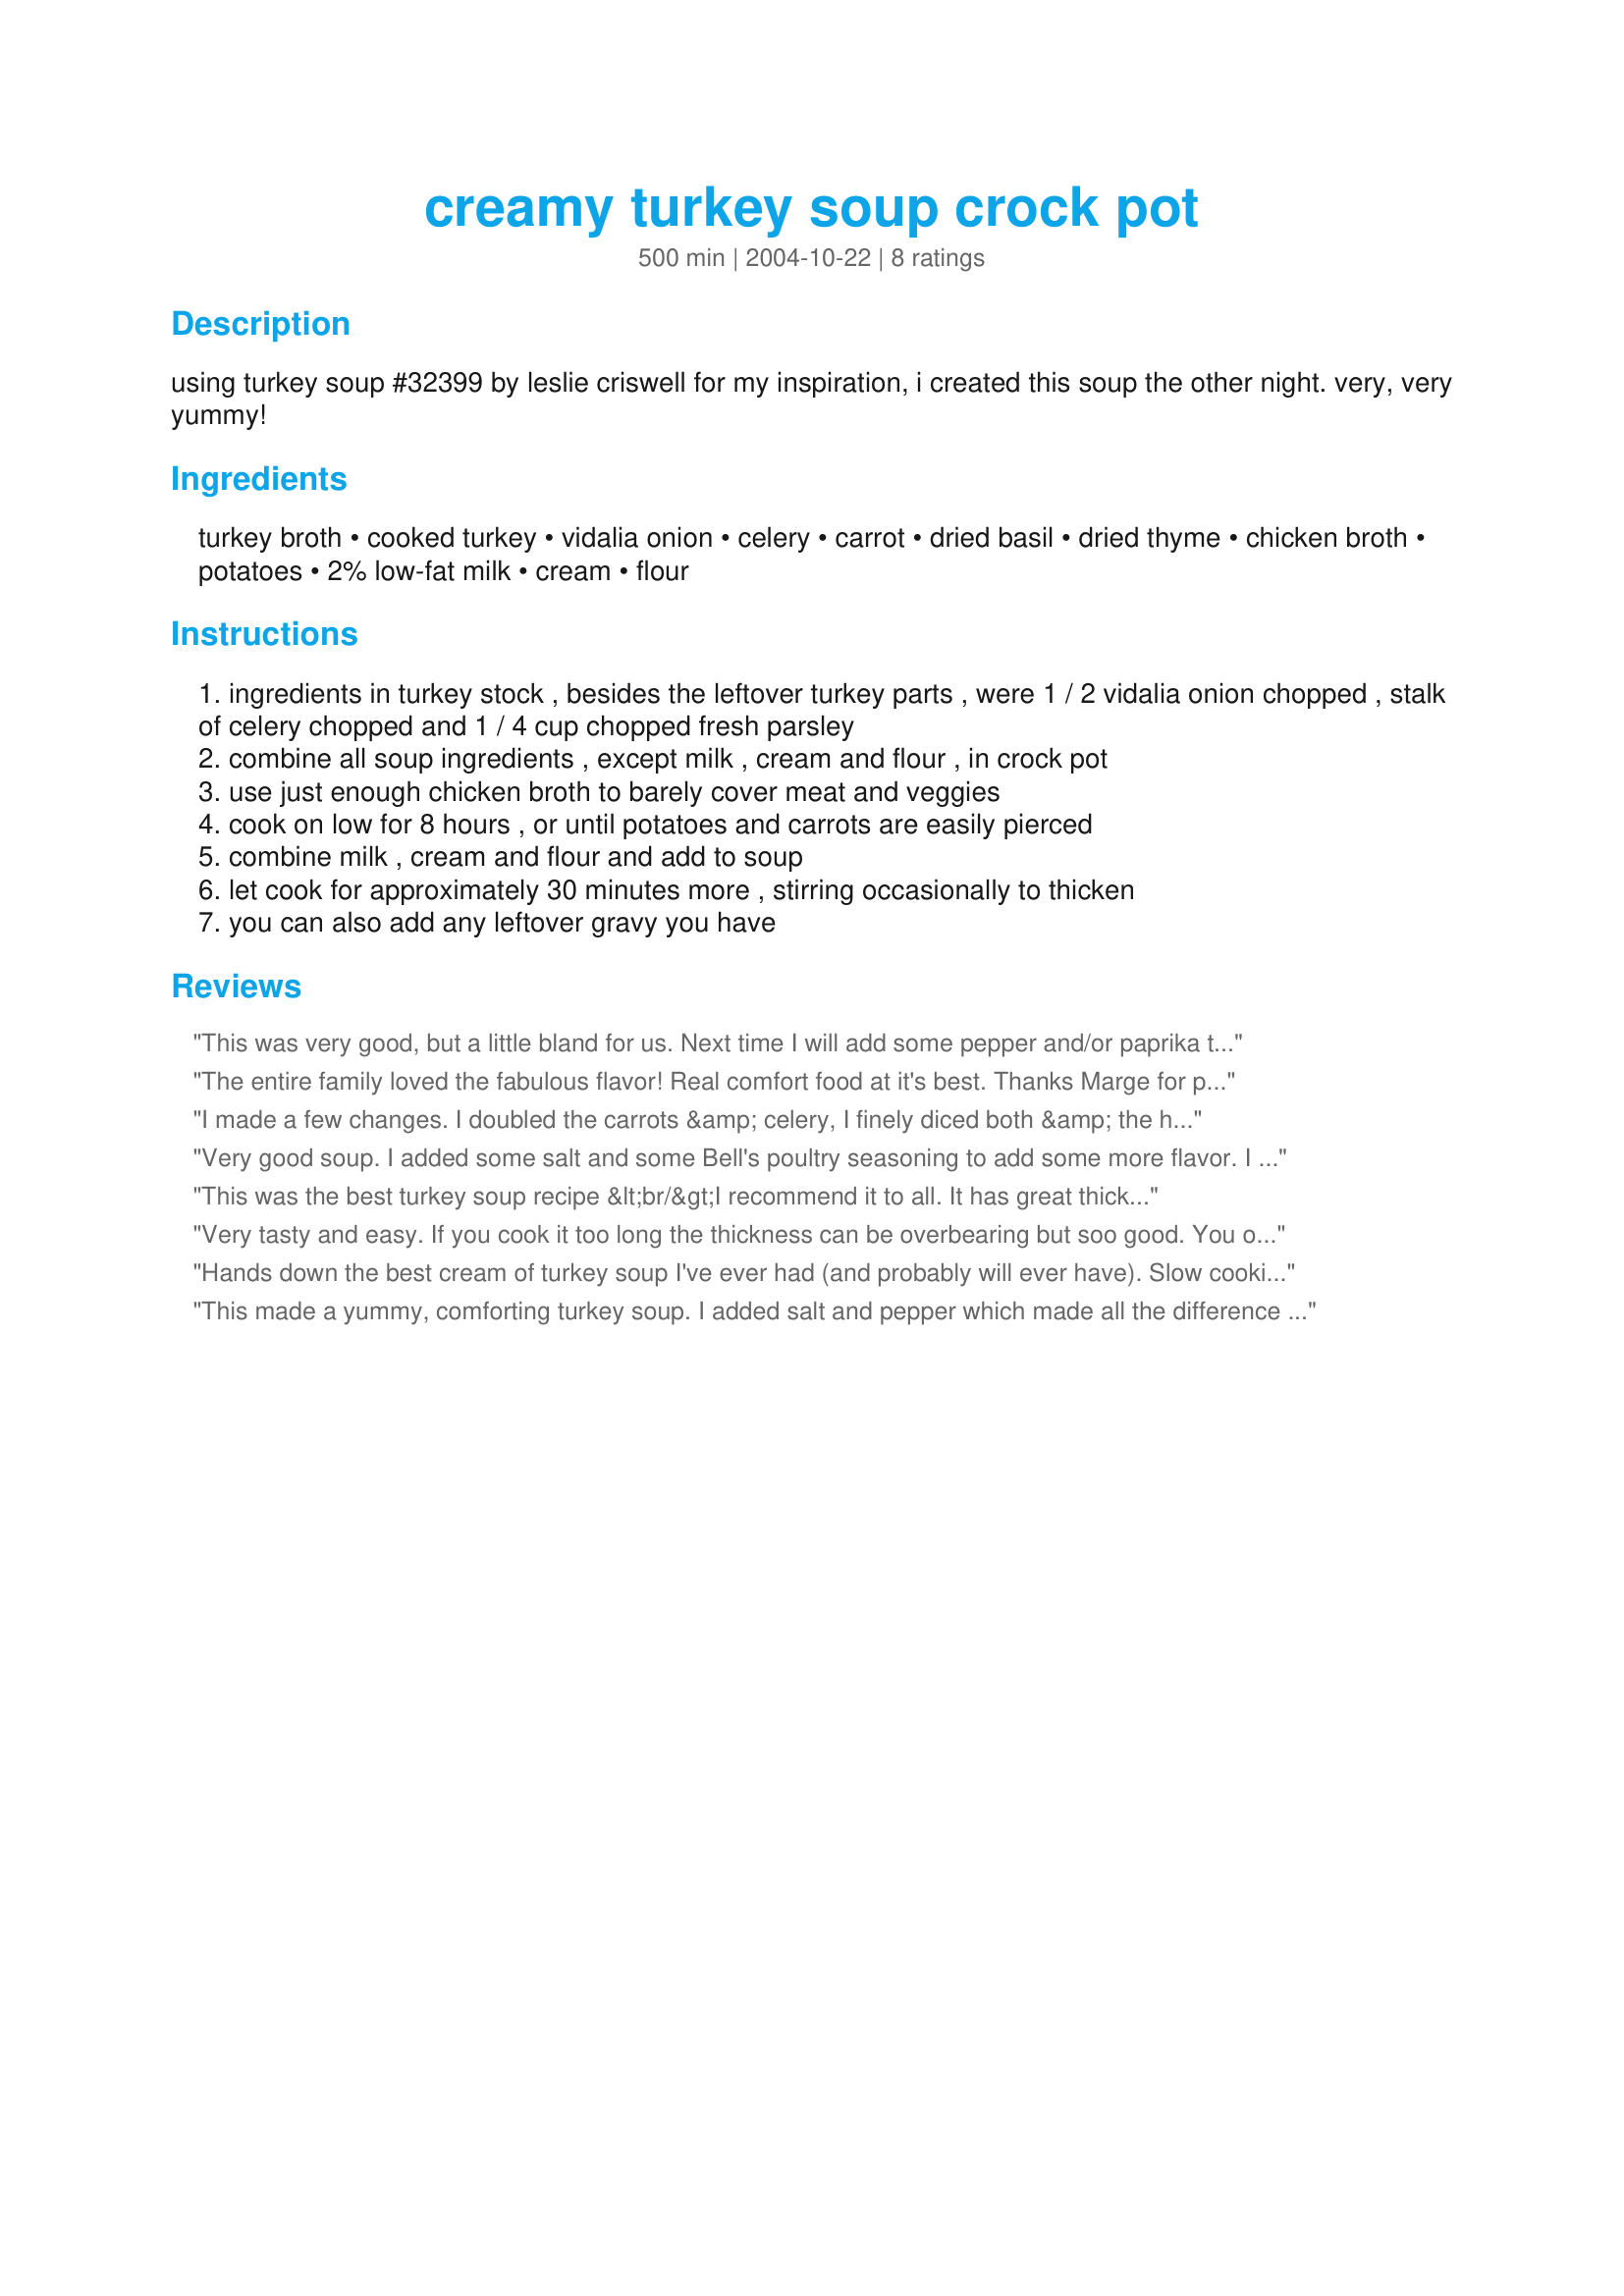
creamy turkey soup crock pot
Preparation time: 500 minutes

using turkey soup #32399 by leslie criswell for my inspiration, i created this soup the other night. very, very yummy!

Ingredients:
turkey broth, cooked turkey, vidalia onion, celery, carrot, dried basil, dried thyme, chicken broth, potatoes, 2% low-fat milk, cream, flour

Steps:
ingredients in turkey stock , besides the leftover turkey parts , were 1 / 2 vidalia onion chopped , stalk of celery chopped and 1 / 4 cup chopped fresh parsley
combine all soup ingredients , except milk , cream and flour , in crock pot
use just enough chicken broth to barely cover meat and veggies
cook on low for 8 hours , or until potatoes and carrots are easily pierced
combine milk , cream and flour and add to soup
let cook for approximately 30 minutes more , stirring occasionally to thicken
you can also add any leftover gravy you have

Reviews:
This was very good, but a little bland for us. Next time I will add some pepper and/or paprika to spice it up. A great way to use up leftover turkey, though!
The entire family loved the fabulous flavor! Real comfort food at it's best. Thanks Marge for posting a great recipe.
I made a few changes. I doubled the carrots &amp; celery, I finely diced both &amp; the half onion. I suggest the potatoes be cut into 1/2&quot; cubes. I found that 4 hours was plenty of cook time, plus one hour with the creamed mixture. Dee-lish-us! I love a good, chunky soup. This fills the bill
Very good soup. I added some salt and some Bell's poultry seasoning to add some more flavor. I didn't have cream, so I substituted Evaporated Milk. The final step of adding the milk, cream and flour is key to this recipe. It makes the soup rich and smooth tasting, but not heavy. My children loved the soup. It is a great way to use leftover turkey.
This was the best turkey soup recipe &lt;br/&gt;I recommend it to all. It has great thick consistency to warm you on a cold day.
Very tasty and easy. If you cook it too long the thickness can be overbearing but soo good. You only need tow scoops per bowl and serve w/ garlic bread.
Hands down the best cream of turkey soup I've ever had (and probably will ever have). Slow cooking brought out the unique flavor of the turkey I love so much. Slow cooking also tenderizes the meat -- all this without adding extra fat. This recipe surpassed restaurant quality. I added one cup of lima beans, because I love the combination of turkey and lima beans.
This made a yummy, comforting turkey soup. I added salt and pepper which made all the difference for the flavour, as well as a tbsp dried parsley. Thanks for your creation, Marg!
